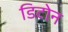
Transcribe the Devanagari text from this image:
डिटोन